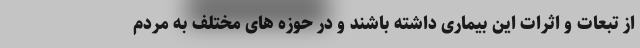
از تبعات و اثرات این بیماری داشته باشند و در حوزه های مختلف به مردم